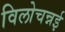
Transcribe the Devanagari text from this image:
विलोचन्नई